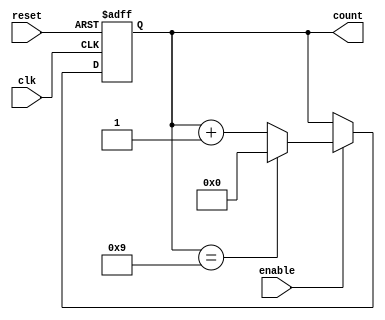
module bcd_counter (
    input wire clk,          // Clock signal
    input wire reset,        // Asynchronous reset signal
    input wire enable,       // Enable signal for counting
    output reg [3:0] count   // 4-bit output for BCD count
);

    // Always block for the counter logic
    always @(posedge clk or posedge reset) begin
        if (reset) begin
            count <= 4'b0000; // Reset the counter to 0
        end else if (enable) begin
            if (count == 4'b1001) begin
                count <= 4'b0000; // Reset to 0 after reaching 9
            end else begin
                count <= count + 1; // Increment the counter
            end
        end
    end

endmodule